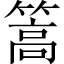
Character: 篙